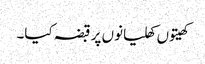
کھیتوں کھلیانوں پر قبضہ کیا۔